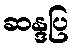
ဆန္ဒပြ